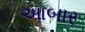
આબાર